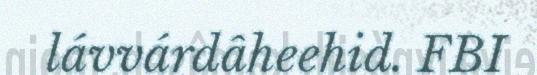
lávvárdâheehid. FBI